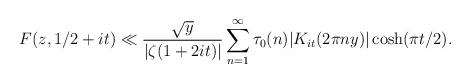
LaTeX: \begin{align*} F(z, 1/2 + it) \ll \frac{\sqrt{y}}{|\zeta(1+2it)|} \sum_{n=1}^{\infty} \tau_0(n) |K_{it}(2 \pi n y)| \cosh(\pi t/2).\end{align*}